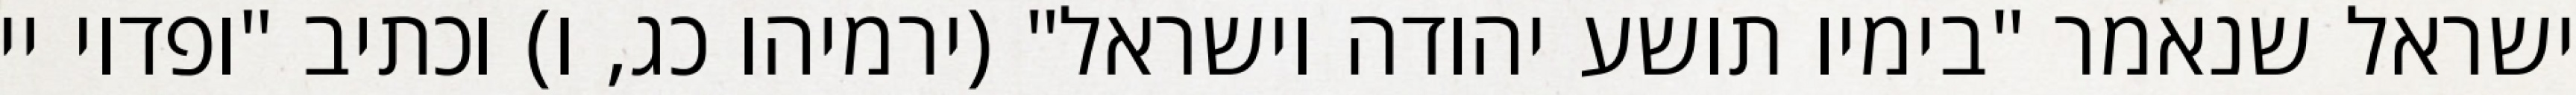
ישראל שנאמר "בימיו תושע יהודה וישראל" (ירמיהו כג, ו) וכתיב "ופדוי יי